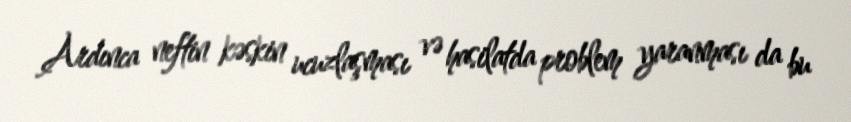
Ardınca neftin kəskin ucuzlaşması və hasilatda problem yaranması da bu